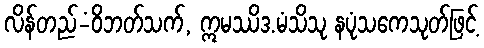
လိန်တည်-ံဝိဘတ်သက်, ဣမဿိဒ.မံသိသု နပုံသကေသုတ်ဖြင့်